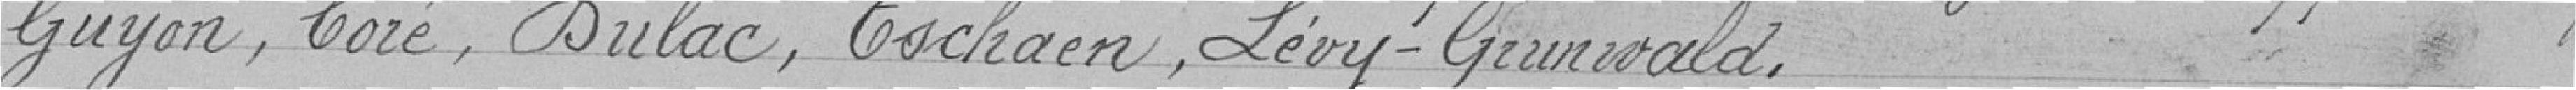
Guyon, Coré, Dulac, Tschaen, Lévy-Grunwald